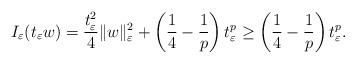
LaTeX: \begin{align*}I_{\varepsilon}(t_{\varepsilon}w)=\frac{t_{\varepsilon}^{2}}{4}\|w\|_{\varepsilon}^{2}+\left(\frac{1}{4}-\frac{1}{p}\right)t_{\varepsilon}^{p}\ge\left(\frac{1}{4}-\frac{1}{p}\right)t_{\varepsilon}^{p}.\end{align*}